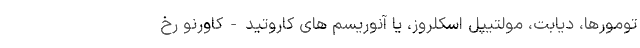
تومورها، دیابت، مولتیپل اسکلروز، یا آنوریسم های کاروتید-کاورنو رخ